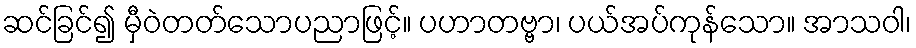
ဆင်ခြင်၍ မှီဝဲတတ်သောပညာဖြင့်။ ပဟာတဗ္ဗာ၊ ပယ်အပ်ကုန်သော။ အာသဝါ၊